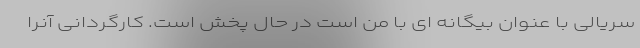
سریالی با عنوان بیگانه ای با من است در حال پخش است. کارگردانی آنرا